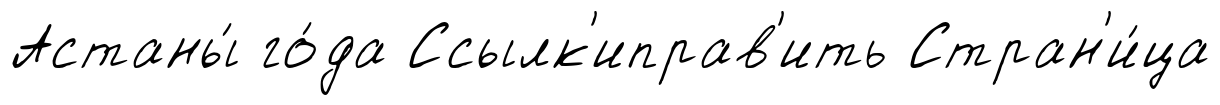
Астаны́ го́да Ссылк'иправ'ить Стран'и́ца